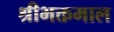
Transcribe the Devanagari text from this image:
श्रीभक्तमाल